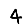
Digit: 4